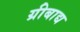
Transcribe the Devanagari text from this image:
ग्रीबाद्य